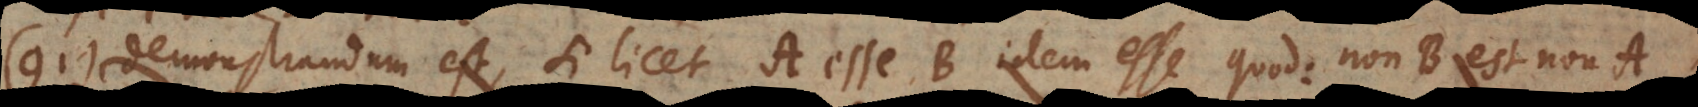
ABY Demonstrandum est, si licet A esse B idem esse quod: non‐B est non‐